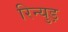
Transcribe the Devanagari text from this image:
रिन्युड़